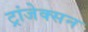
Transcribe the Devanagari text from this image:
ट्रांजेक्सन